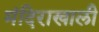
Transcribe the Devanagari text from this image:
मंदिराखाली